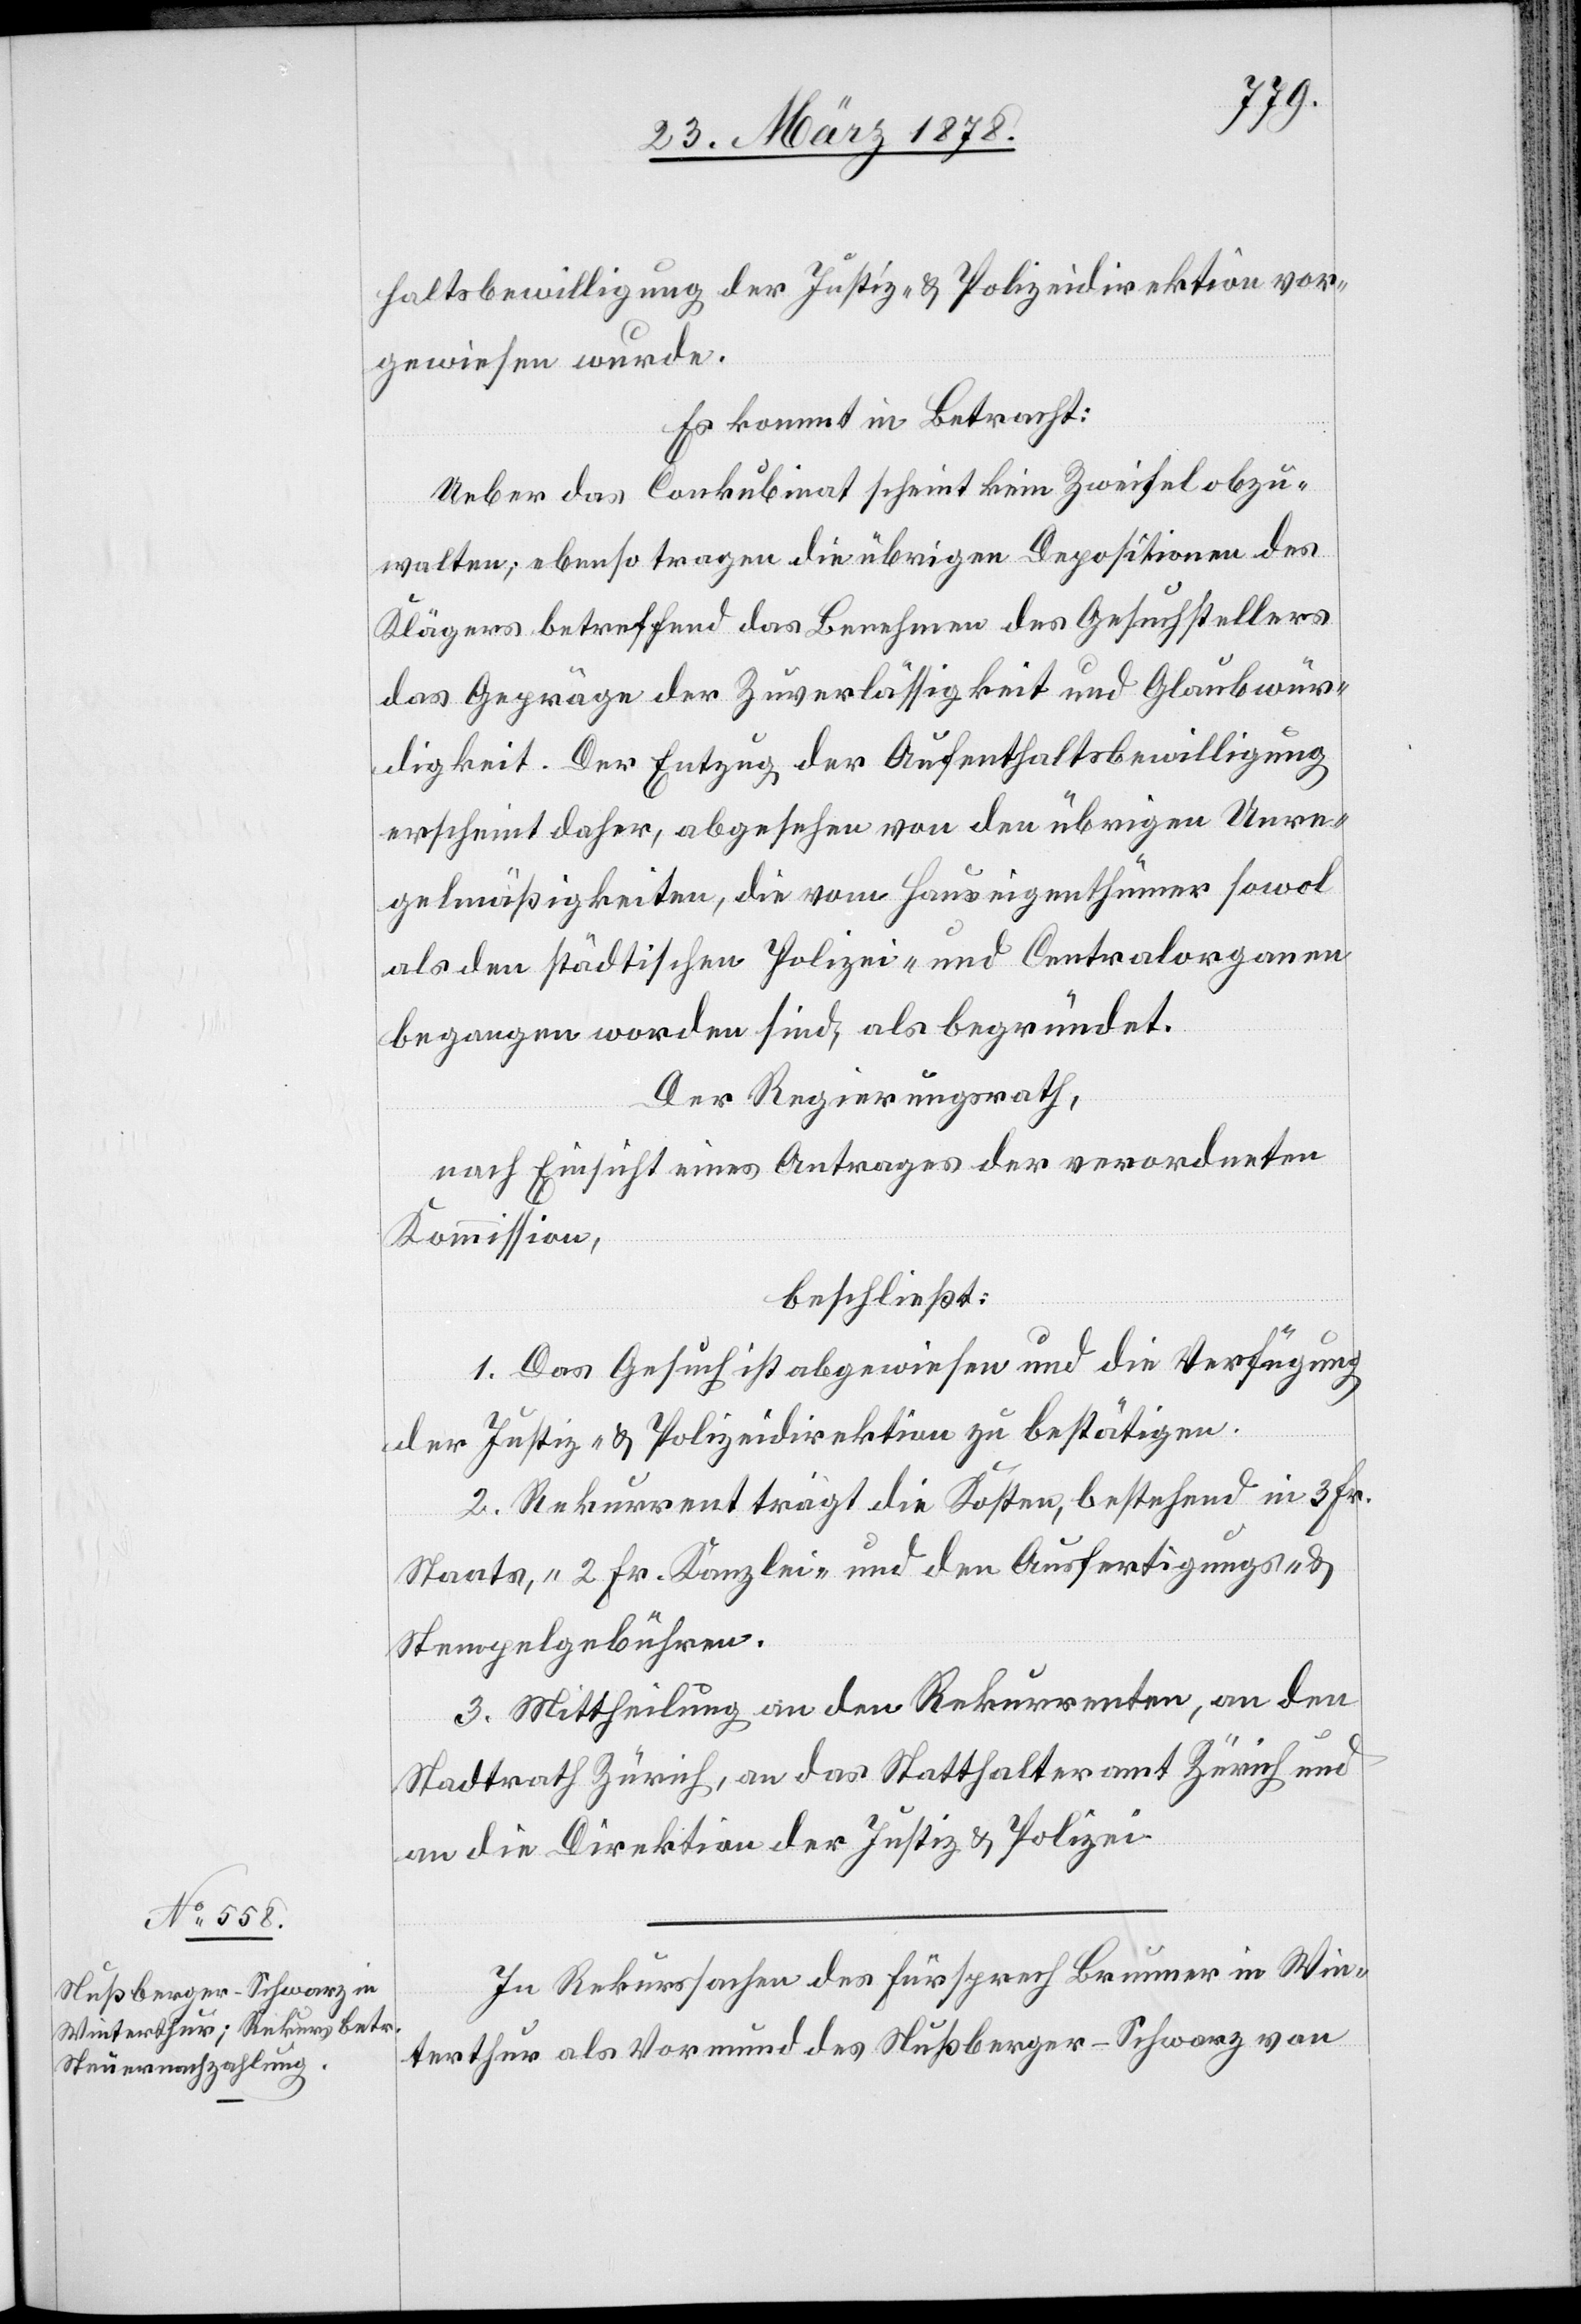
haltsbewilligung der Justiz- & Polizeidirektion vor¬
gewiesen wurde.
Es kommt in Betracht:
Ueber das Conkubinat scheint kein Zweifel obzu¬
walten; ebenso tragen die übrigen Depositionen des
Klägers betreffend das Benehmen des Gesuchsstellers
das Gepräge der Zuverlässigkeit und Glaubwür¬
digkeit. Der Entzug der Aufenthaltsbewilligung
erscheint daher, abgesehen von den übrigen Unre¬
gelmäßigkeiten, die vom Hauseigenthümer sowol
als den städtischen Polizei- und Centralorganen
begangen worden sind, als begründet.
Der Regierungsrath,
nach Einsicht eines Antrages der verordneten
Kommission,
beschließt:
1. Das Gesuch ist abgewiesen und die Verfügung
der Justiz- & Polizeidirektion zu bestätigen.
2. Rekurrent trägt die Kosten, bestehend in 3 Fr.
Staats-, 2 Fr. Kanzlei- und den Ausfertigungs- &
Stempelgebühren.
3. Mittheilung an den Rekurrenten, an den
Stadtrath Zürich, an das Statthalteramt Zürich und
an die Direktion der Justiz & Polizei.
In Rekurssachen des Fürsprech Brunner in Win¬
terthur als Vormund des Nußberger-Schwarz von